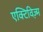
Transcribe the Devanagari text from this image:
एक्टिविज़्म